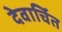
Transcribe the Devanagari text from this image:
देवार्चित